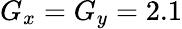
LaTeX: G_{x}=G_{y}=2.1